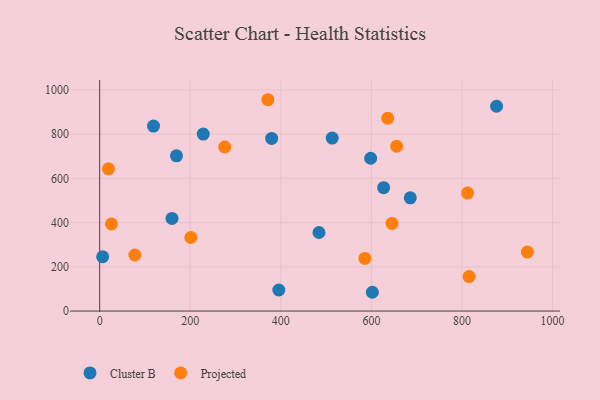
{"axis": {"x": "Study Hours", "y": "Rating"}, "legend": ["Cluster B", "Projected"], "data": [{"x": "484.3", "y": 355.2, "type": "Cluster B"}, {"x": "228.7", "y": 800.4, "type": "Cluster B"}, {"x": "395.6", "y": 95.1, "type": "Cluster B"}, {"x": "159.7", "y": 418.7, "type": "Cluster B"}, {"x": "598.4", "y": 691.0, "type": "Cluster B"}, {"x": "627.1", "y": 557.8, "type": "Cluster B"}, {"x": "379.8", "y": 780.9, "type": "Cluster B"}, {"x": "685.9", "y": 512.2, "type": "Cluster B"}, {"x": "602.1", "y": 84.9, "type": "Cluster B"}, {"x": "876.5", "y": 926.2, "type": "Cluster B"}, {"x": "118.9", "y": 836.8, "type": "Cluster B"}, {"x": "169.6", "y": 702.1, "type": "Cluster B"}, {"x": "6.5", "y": 245.5, "type": "Cluster B"}, {"x": "513.5", "y": 782.5, "type": "Cluster B"}, {"x": "201.3", "y": 332.7, "type": "Projected"}, {"x": "812.4", "y": 533.8, "type": "Projected"}, {"x": "276.2", "y": 741.9, "type": "Projected"}, {"x": "585.6", "y": 238.0, "type": "Projected"}, {"x": "77.6", "y": 253.6, "type": "Projected"}, {"x": "645.7", "y": 396.5, "type": "Projected"}, {"x": "19.3", "y": 643.4, "type": "Projected"}, {"x": "655.8", "y": 745.4, "type": "Projected"}, {"x": "636.1", "y": 872.1, "type": "Projected"}, {"x": "944.5", "y": 266.8, "type": "Projected"}, {"x": "26.0", "y": 394.0, "type": "Projected"}, {"x": "371.5", "y": 955.8, "type": "Projected"}, {"x": "815.7", "y": 156.1, "type": "Projected"}]}